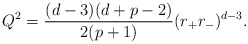
\begin{align*}Q^2=\frac{(d-3)(d+p-2)}{2(p+1)}(r_+r_-)^{d-3}.\end{align*}